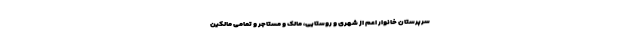
سرپرستان خانوار اعم از شهری و روستایی، مالک و مستاجر و تمامی مالکین